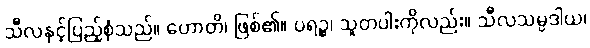
သီလနှင့်ပြည့်စုံသည်။ ဟောတိ၊ ဖြစ်၏။ ပရဉ္စ၊ သူတပါးကိုလည်း။ သီလသမ္ပဒါယ၊